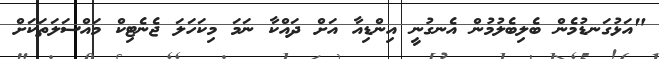
"އަޅުގަނޑުމެން ބެލިބެލުމުން އެނގުނީ އިންޑިއާ އަށް ދައްކާ ނަމަ މިކަހަލަ ޖެނެޓިކް މައްސަލަތަކަށް